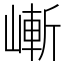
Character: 嶃